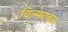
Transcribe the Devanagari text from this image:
चिल्मराबाद